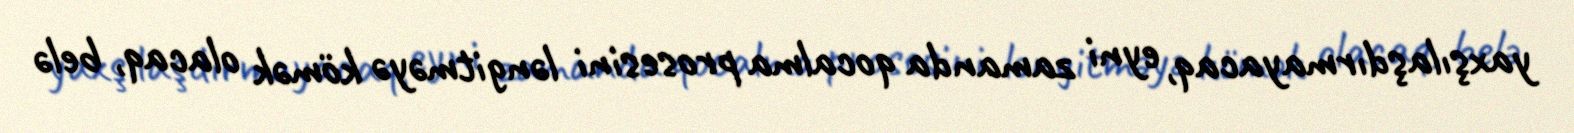
yaxşılaşdırmayacaq, eyni zamanda qocalma prosesini ləngitməyə kömək olacaq, belə